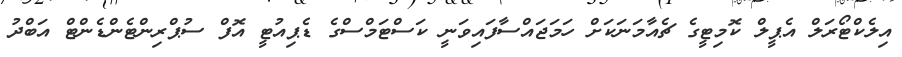
އިލެކްޓޯރަލް އެޕީލް ކޮމިޓީގެ ޗެއާމަނަކަށް ހަމަޖައްސާފައިވަނީ ކަސްޓަމްސްގެ ޑެޕިއުޓީ އޮފް ސުޕްރިންޓެންޑެންޓް އަބްދު